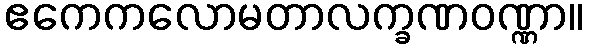
ဧကေကလောမတာလက္ခဏဝဏ္ဏာ။